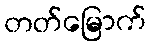
တတ်မြောက်